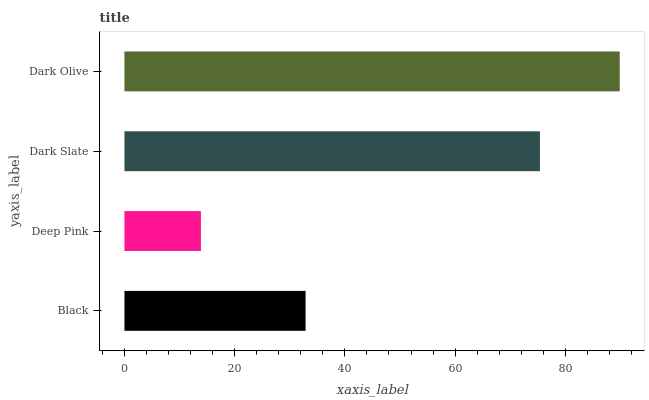
| yaxis_label | bars |
 | --- | --- |
 | Black | 32.9 |
 | Deep Pink | 13.9 |
 | Dark Slate | 75.4 |
 | Dark Olive | 89.9 |